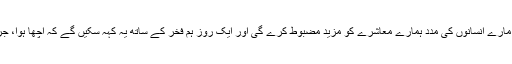
مصیبت کے مارے انسانوں کی مدد ہمارے معاشرے کو مزید مضبوط کرے گی اور ایک روز ہم فخر کے ساتھ یہ کہہ سکیں گے کہ اچھا ہوا، جرمنی بدل گیا۔